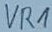
Text: VR1